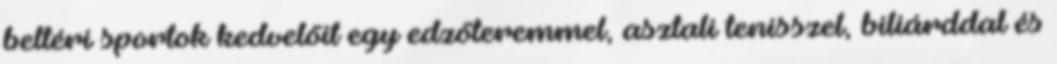
beltéri sportok kedvelőit egy edzőteremmel, asztali tenisszel, biliárddal és